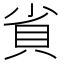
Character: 𮙷